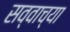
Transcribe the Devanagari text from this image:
सव्वाच्या